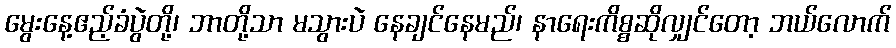
မွေးနေ့ဧည့်ခံပွဲတို့၊ ဘာတို့သာ မသွားပဲ နေချင်နေမည်၊ နာရေးကိစ္စဆိုလျှင်တော့ ဘယ်လောက်